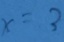
x = 3